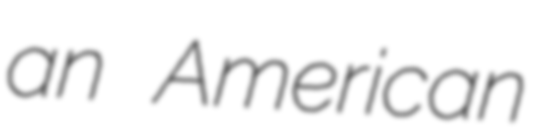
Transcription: an American